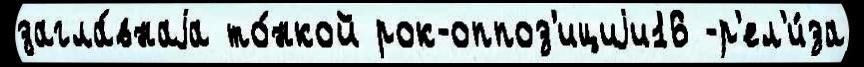
загла́внаjа то́нкой рок-оппоз'ициjи16 -р'ел'и́за